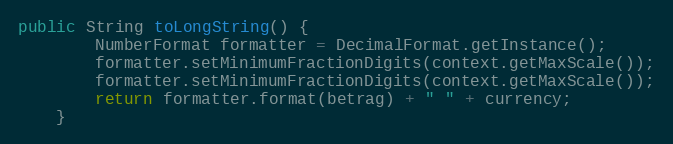
Language: Java
public String toLongString() {
        NumberFormat formatter = DecimalFormat.getInstance();
        formatter.setMinimumFractionDigits(context.getMaxScale());
        formatter.setMinimumFractionDigits(context.getMaxScale());
        return formatter.format(betrag) + " " + currency;
    }